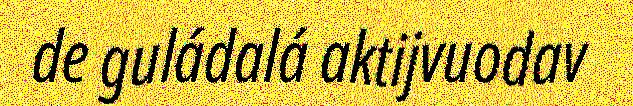
de guládalá aktijvuodav